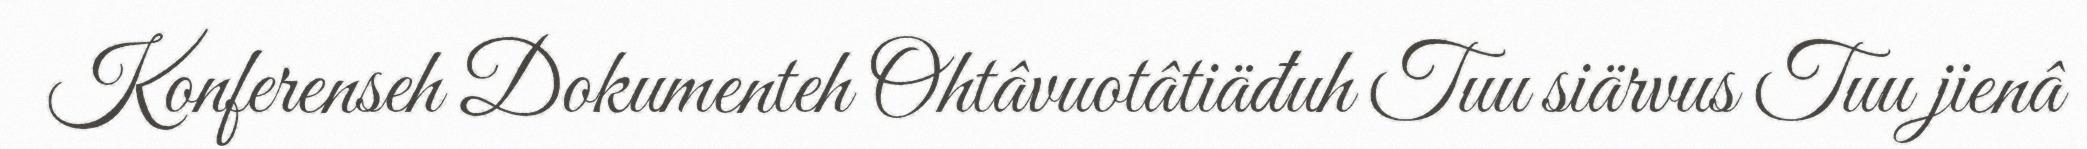
Konferenseh Dokumenteh Ohtâvuotâtiäđuh Tuu siärvus Tuu jienâ